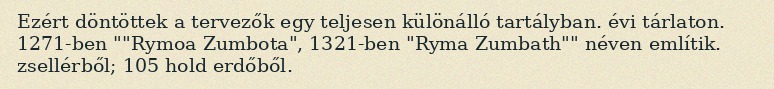
Ezért döntöttek a tervezők egy teljesen különálló tartályban. évi tárlaton. 1271-ben ""Rymoa Zumbota", 1321-ben "Ryma Zumbath"" néven említik. zsellérből; 105 hold erdőből.